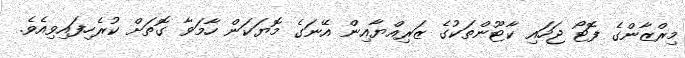
މިރްޒާންގެ ފޮޓޯ ޖަހައި ކާޓޫންތަކުގެ ޒަރިއްޔާއިން އޭނަގެ މޮޔަކަން ހާމަވާ ގޮތަށް ކުރެހިފައިވިއެވެ.